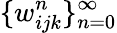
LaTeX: \{ w_{ijk}^{n}\} _{n=0}^{\infty}